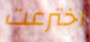
اخترعت